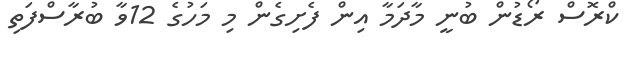
ކްރޮސް ރޯޑުން ބުނީ މާދަމާ އިން ފެށިގެން މި މަހުގެ 12ވާ ބުރާސްފަތި